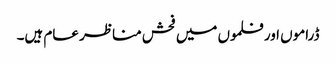
ڈراموں اور فلموں میں فحش مناظر عام ہیں۔